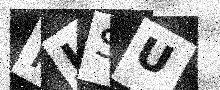
Text: PJSU